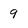
Character: 9